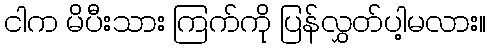
ငါက မိပီးသား ကြက်ကို ပြန်လွှတ်ပါ့မလား။